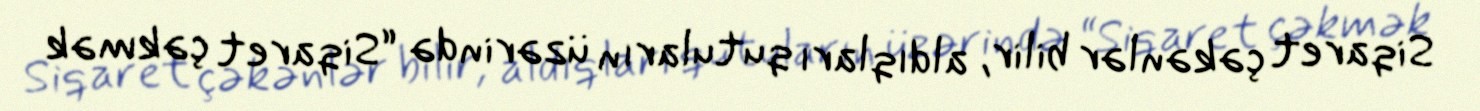
Siqaret çəkənlər bilir, aldıqları qutuların üzərində “Siqaret çəkmək